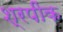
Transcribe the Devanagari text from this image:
श्रपींक